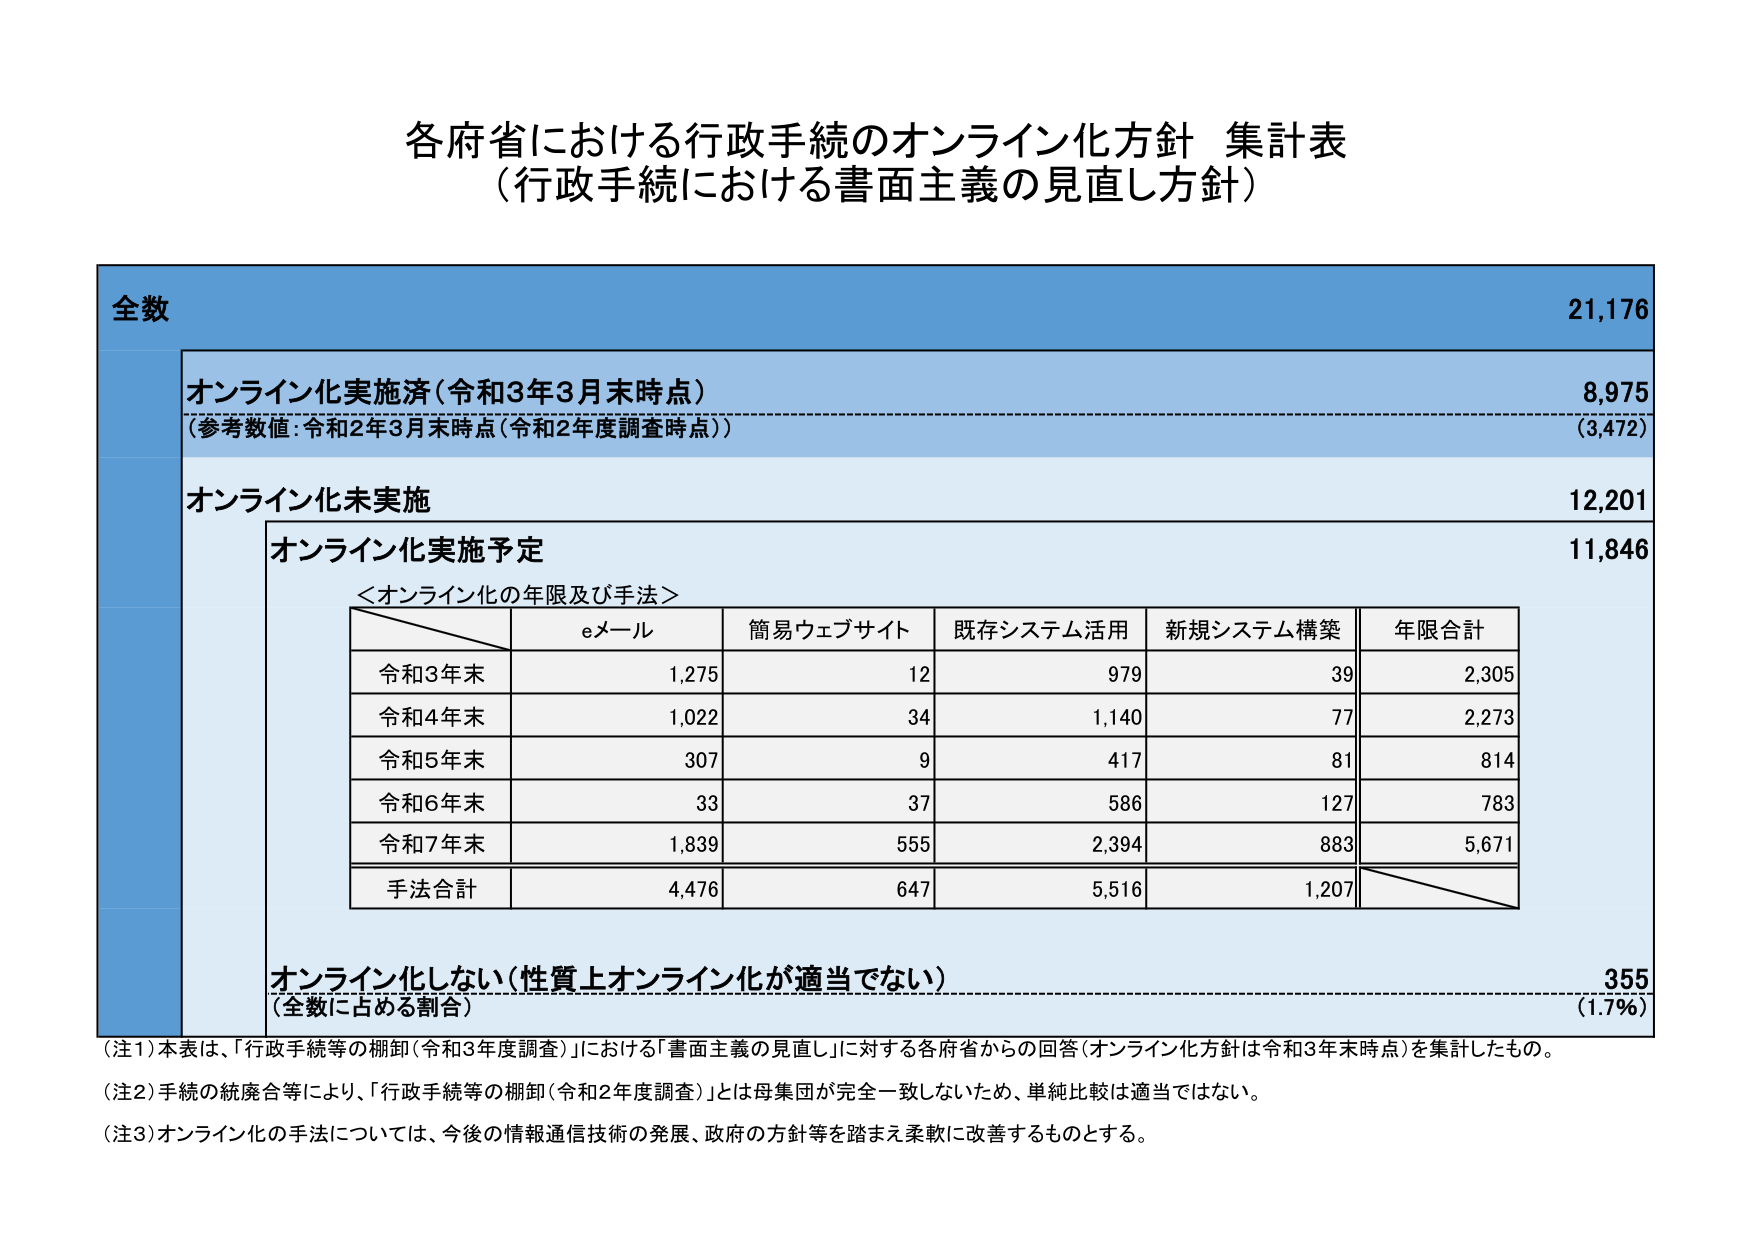
各府省における行政手続のオンライン化方針 集計表
（行政手続における書面主義の見直し方針）

全数 21,176

オンライン化実施済（令和3年3月末時点） 8,975
（参考数値：令和2年3月末時点（令和2年度調査時点）） (3,472)

オンライン化未実施 12,201

オンライン化実施予定 11,846
＜オンライン化の年限及び手法＞

eメール 簡易ウェブサイト 既存システム活用 新規システム構築 年限合計
令和3年末 1,275 12 979 39 2,305
令和4年末 1,022 34 1,140 77 2,273
令和5年末 307 9 417 81 814
令和6年末 33 37 586 127 783
令和7年末 1,839 555 2,394 883 5,671
手法合計 4,476 647 5,516 1,207

オンライン化しない（性質上オンライン化が適当でない） 355
（全数に占める割合） (1.7%)

（注1）本表は、「行政手続等の棚卸（令和3年度調査）」における「書面主義の見直し」に対する各府省からの回答（オンライン化方針は令和3年末時点）を集計したもの。
（注2）手続の統廃合等により、「行政手続等の棚卸（令和2年度調査）」とは母集団が完全一致しないため、単純比較は適当ではない。
（注3）オンライン化の手法については、今後の情報通信技術の発展、政府の方針等を踏まえ柔軟に改善するものとする。